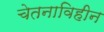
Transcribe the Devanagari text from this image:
चेतनाविहीन